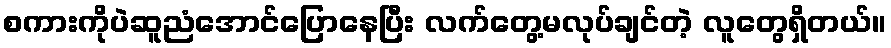
စကားကိုပဲဆူညံအောင်ပြောနေပြီး လက်တွေ့မလုပ်ချင်တဲ့ လူတွေရှိတယ်။